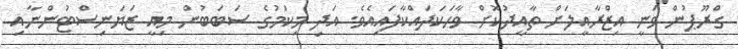
ގްރޫޕުން ވަނީ އިޒްރާއީލަށް ތާއީދުކޮށް ވާހަކަދައްކާފައިއެވެ. އަދި މިކަމުގެ ސަބަބުން މިއީ ޒަޔަނިސްޓުންނާއި